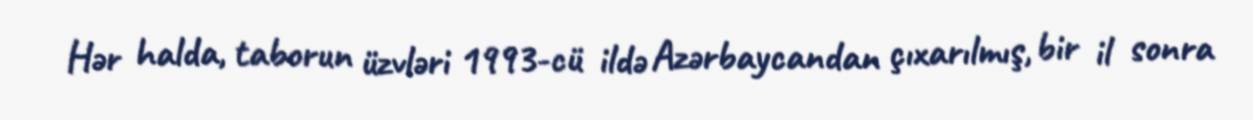
Hər halda, taborun üzvləri 1993-cü ildə Azərbaycandan çıxarılmış, bir il sonra